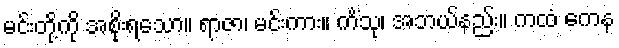
မင်းတို့ကို အစိုးရသော။ ရာဇာ၊ မင်းကား။ ကိံသု၊ အဘယ်နည်း။ ကထံ ကေန